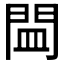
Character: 𲈨